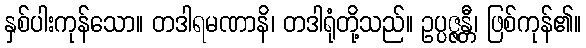
နှစ်ပါးကုန်သော။ တဒါရမဏာနိ၊ တဒါရုံတို့သည်။ ဥပ္ပဇ္ဇန္တီ၊ ဖြစ်ကုန်၏။